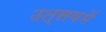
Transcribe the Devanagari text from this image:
उत्सवमें